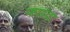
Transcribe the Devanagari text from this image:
फाय्दा